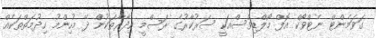
ގަވަމެންޓް ނެޓްވޯކް އޮފް މޯލްޑިވްސްއަކީ ސަރުކާރުގެ ރަސްމީ އިދާރާތަކުން ދޭ މުހިންމު ހިދުމަތްތަކެއް